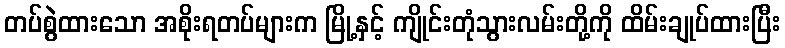
တပ်စွဲထားသော အစိုးရတပ်များက မြို့နှင့် ကျိုင်းတုံသွားလမ်းတို့ကို ထိမ်းချုပ်ထားပြီး